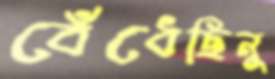
বেঁধেছিনু